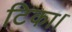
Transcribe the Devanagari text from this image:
टिका।